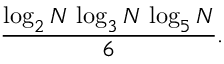
{ \frac { \log _ { 2 } N \, \log _ { 3 } N \, \log _ { 5 } N } { 6 } } .